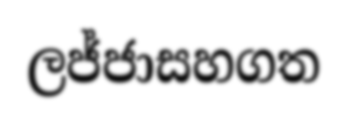
ලජ්ජාසහගත